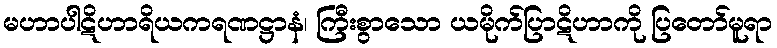
မဟာပါဋိဟာရိယကရဏဋ္ဌာနံ၊ ကြီးစွာသော ယမိုက်ပြာဋိဟာကို ပြတော်မူရာ